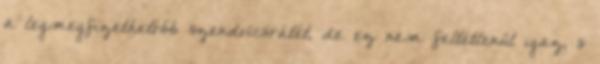
a legmegfizethetőbb szendvicsrátét, de ez nem feltétlenül igaz, s